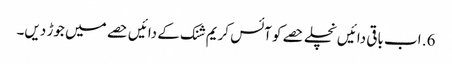
6. اب باقی دائیں نچلے حصے کو آئس کریم شنک کے دائیں حصے میں جوڑ دیں۔